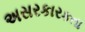
અસરકારકતા